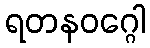
ရတနဝဂ္ဂေါ